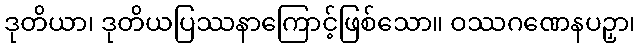
ဒုတိယာ၊ ဒုတိယပြဿနာကြောင့်ဖြစ်သော။ ဝဿဂဏေနပဉှာ၊